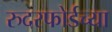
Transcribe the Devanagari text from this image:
रुदरफोर्डच्या